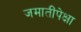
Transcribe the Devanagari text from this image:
जमातींपेक्षा